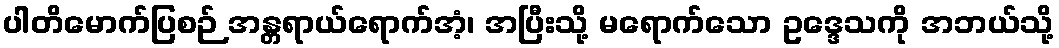
ပါတိမောက်ပြစဉ် အန္တရာယ်ရောက်အံ့၊ အပြီးသို့ မရောက်သော ဥဒ္ဒေသကို အဘယ်သို့